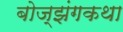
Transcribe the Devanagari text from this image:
बोज्झंगकथा